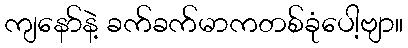
ကျနော်နဲ့ ခက်ခက်မာကတစ်ခုံပေါ့ဗျာ။